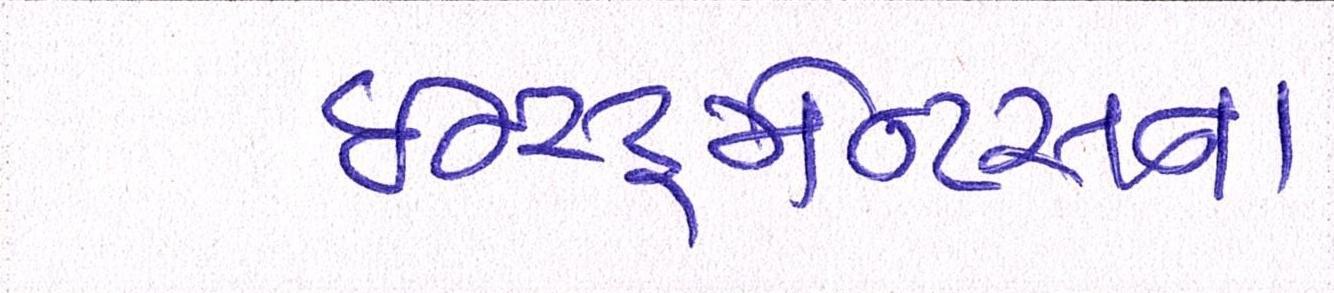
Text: ઇન્સ્ટ્રુમેન્ટસના